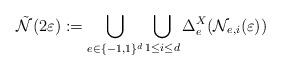
LaTeX: \begin{align*} \tilde{ \mathcal N} (2\varepsilon) := \bigcup_{e \in \{-1,1\}^d} \bigcup_{1\le i\le d} \Delta_e^X(\mathcal N_{e,i}(\varepsilon))\end{align*}